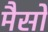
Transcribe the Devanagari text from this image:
मैसो